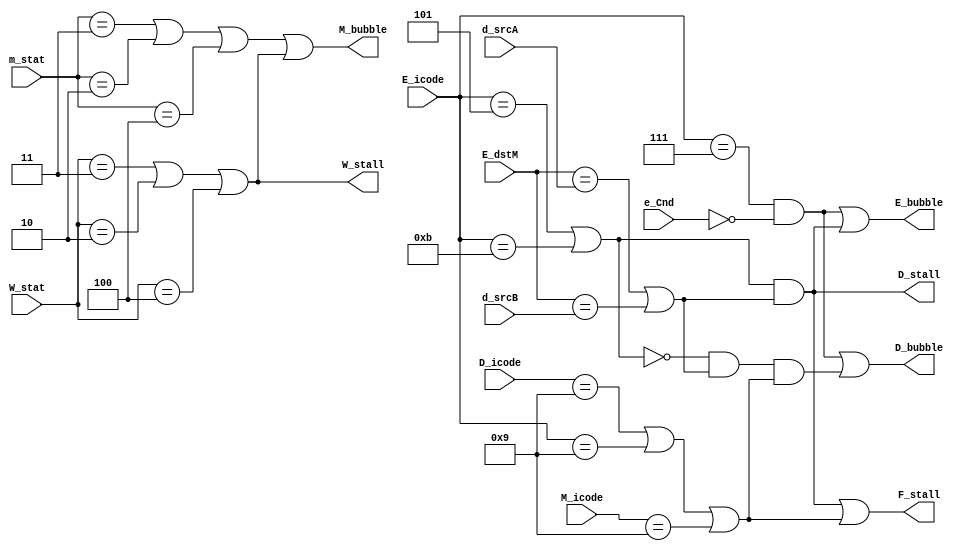
module PIPE_CONTROL_LOGIC(

input [3:0] D_icode,
input [3:0] d_srcA,
input [3:0] d_srcB,
input [3:0] E_icode,
input [3:0] E_dstM,
input e_Cnd,
input [3:0] M_icode,
input [2:0] m_stat,
input [2:0] W_stat,

output reg F_stall,
output reg D_stall,
output reg D_bubble,
output reg E_bubble,
output reg M_bubble,
output reg W_stall
);
parameter SBUB = 3'h0;
parameter SAOK = 3'h1;
parameter SHLT = 3'h2;
parameter SADR = 3'h3;
parameter SINS = 3'h4;

    initial
    begin
        F_stall <= 1'b0;
        D_stall <= 1'b0; 
        D_bubble <= 1'b0;
        E_bubble <= 1'b0;
        M_bubble <= 1'b0;
        W_stall <= 1'b0; 
    end


    always @(*) begin
	    F_stall <= ( ((E_icode == 4'h5 || E_icode == 4'hB) && (E_dstM == d_srcA || E_dstM == d_srcB)) || (D_icode == 4'h9 || E_icode == 4'h9 || M_icode == 4'h9));
        D_bubble <= (( E_icode == 4'h7 && !e_Cnd ) || !(E_icode == 4'h5 || E_icode == 4'hB)  && (E_dstM == d_srcA || E_dstM== d_srcB)&& (D_icode == 4'h9 || E_icode == 4'h9 || M_icode == 4'h9));
        D_stall <= (E_icode == 4'h5 || E_icode == 4'hB) && (E_dstM == d_srcA || E_dstM == d_srcB);
        E_bubble <= (( E_icode == 4'h7 && !e_Cnd ) || (E_icode == 4'h5 || E_icode == 4'hB)  && (E_dstM == d_srcA || E_dstM== d_srcB));
        M_bubble <= (m_stat == SADR ||  m_stat == SHLT || m_stat == SINS) || (W_stat == SADR ||  W_stat == SHLT || W_stat == SINS);
        W_stall <= (W_stat == SADR ||  W_stat == SHLT || W_stat == SINS);
    end

endmodule